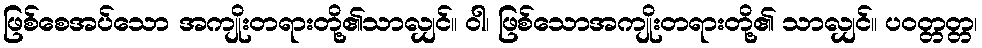
ဖြစ်စေအပ်သော အကျိုးတရားတို့၏သာလျှင်။ ဝါ၊ ဖြစ်သောအကျိုးတရားတို့၏ သာလျှင်။ ပဝတ္တတ္တ၊